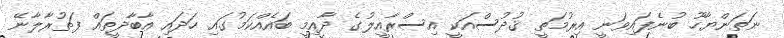
ނަތަންޔާހޫ ބުނެފައިވަނީ އިރުމަތީ ޤުދުސްއަކީ އިސްރާއީލުގެ ދާއިމީ ބައެއްކަމުގައި ހަދައި އާބާދީތައް ފަތުރާލާނޭ